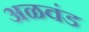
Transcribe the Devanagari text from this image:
अळवंड